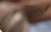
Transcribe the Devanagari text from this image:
गर्द्न